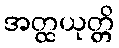
အတ္ထယုတ္တိ